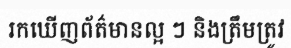
រកឃើញព័ត៌មានល្អ ៗ និងត្រឹមត្រូវ